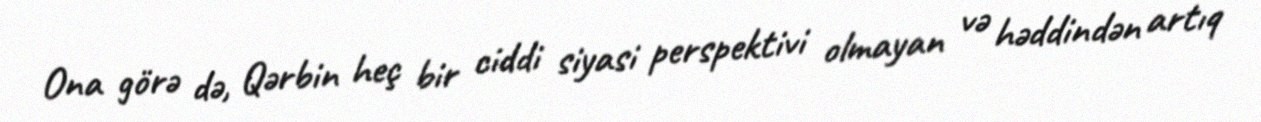
Ona görə də, Qərbin heç bir ciddi siyasi perspektivi olmayan və həddindən artıq